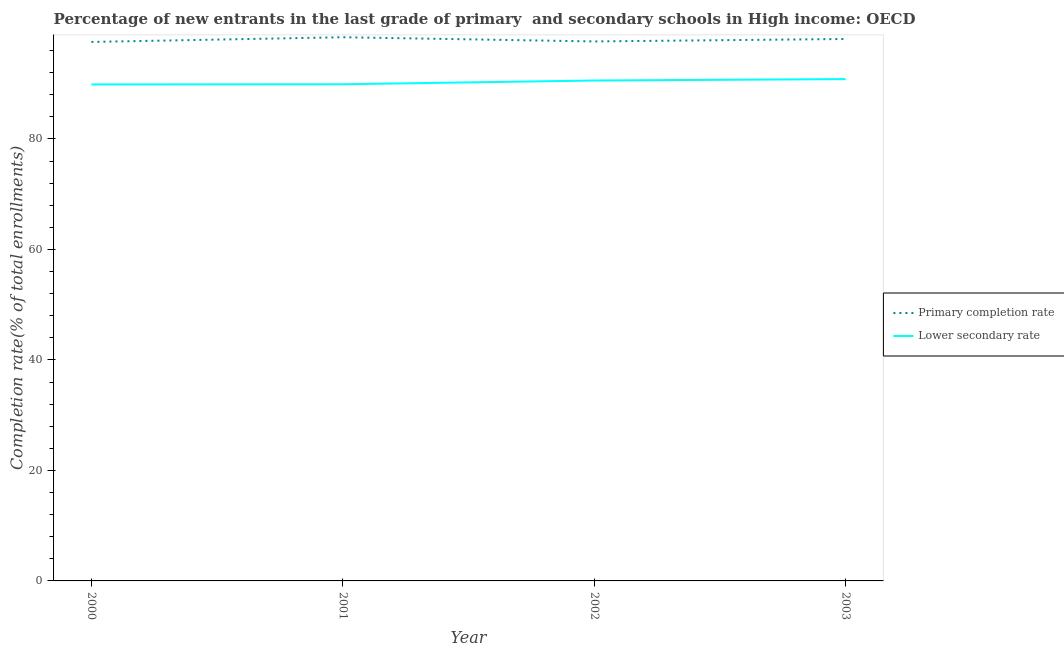
| Year | Primary completion rate | Lower secondary rate |
 | --- | --- | --- |
 | 2000 | 97.6 | 89.9 |
 | 2001 | 98.4 | 89.9 |
 | 2002 | 97.7 | 90.6 |
 | 2003 | 98.1 | 90.8 |